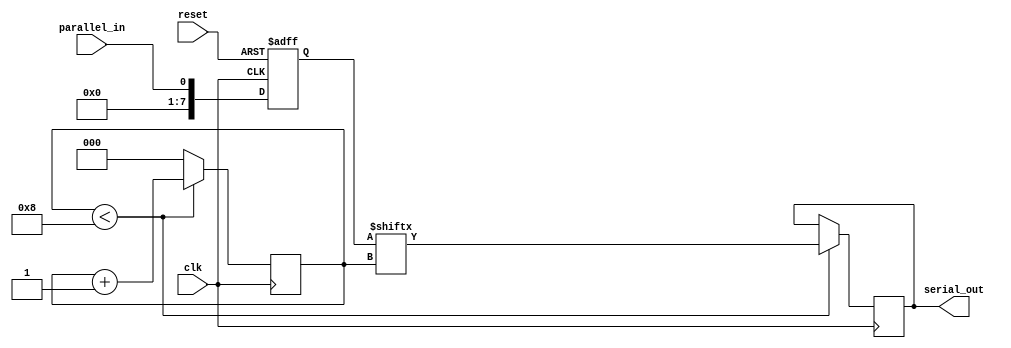
module PISO (
    input clk,      // clock input
    input reset,    // reset input
    input parallel_in,  // parallel input data
    output reg serial_out  // serial output data
);

reg [7:0] reg_data;  // 8-bit parallel data register
reg [2:0] count;     // counter to shift data out serially

// Initialize data register and counter
always @(posedge clk or posedge reset)
begin
    if (reset)
        reg_data <= 8'b0;
    else
        reg_data <= parallel_in;
end

// Shift data out serially
always @(posedge clk)
begin
    if (count < 8)
    begin
        serial_out <= reg_data[count];
        count <= count + 1;
    end
    else
        count <= 0;
end

endmodule